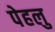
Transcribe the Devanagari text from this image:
पेहलु